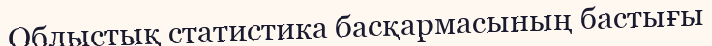
Облыстық статистика басқармасының бастығы